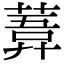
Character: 𦹊